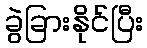
ခွဲခြားနိုင်ပြီး